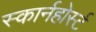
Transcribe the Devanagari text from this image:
स्कार्नहोर्स्ट